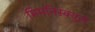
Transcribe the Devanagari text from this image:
मिमनिस्क्युले